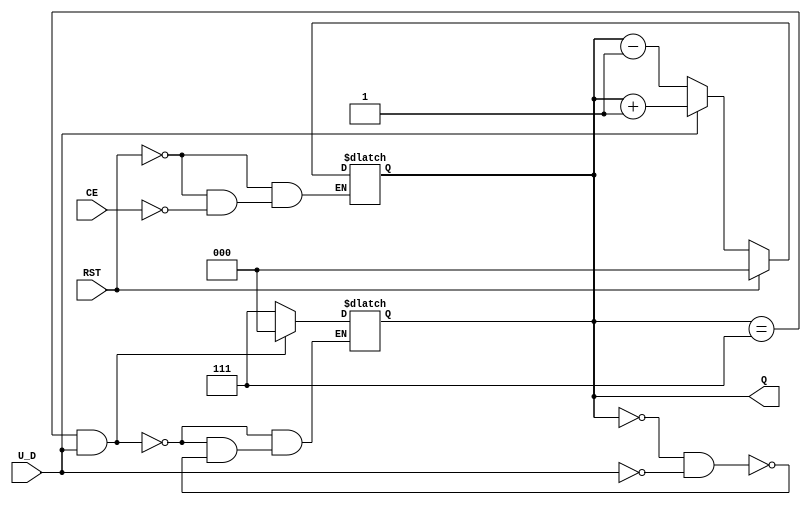
module UpDownAsyncCounter (
    input wire U_D,       // Up/Down control signal
    input wire CE,        // Count Enable signal
    input wire RST,       // Asynchronous Reset signal
    output reg [2:0] Q    // 3-bit Counter Output
);

    // Asynchronous Reset and Counting Logic
    always @(*) begin
        if (RST) begin
            Q = 3'b000;  // Reset counter to 0
        end else if (CE) begin
            if (U_D) begin
                Q = Q + 1;  // Count Up
            end else begin
                Q = Q - 1;  // Count Down
            end
        end
    end

    // Handle overflow and underflow
    always @(Q) begin
        if (Q == 3'b111 && U_D) begin
            Q = 3'b000;  // Wrap around to 0 on overflow
        end else if (Q == 3'b000 && !U_D) begin
            Q = 3'b111;  // Wrap around to 7 on underflow
        end
    end

endmodule